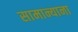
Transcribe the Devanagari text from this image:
सामान्याना